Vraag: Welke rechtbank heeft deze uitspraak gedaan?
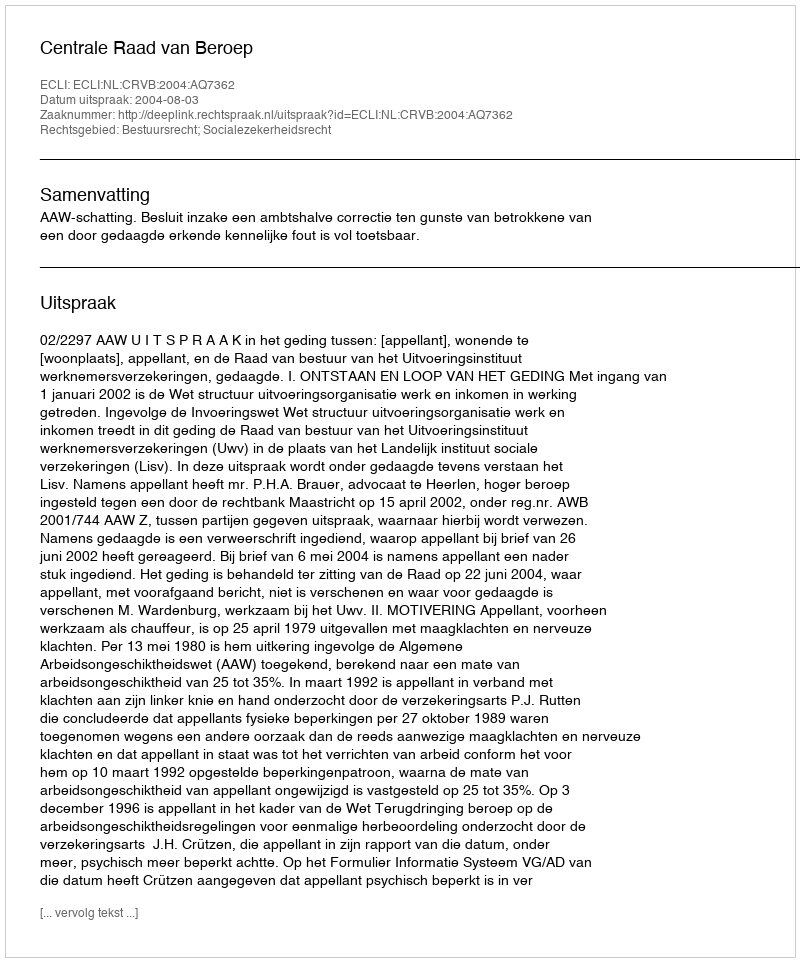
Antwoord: Centrale Raad van Beroep